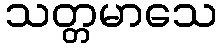
သတ္တမာသေ